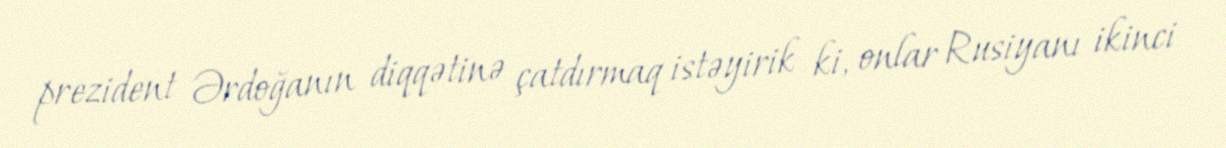
prezident Ərdoğanın diqqətinə çatdırmaq istəyirik ki, onlar Rusiyanı ikinci